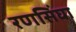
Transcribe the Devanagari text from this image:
रणसिंघा